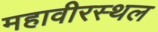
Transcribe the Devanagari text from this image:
महावीरस्थल